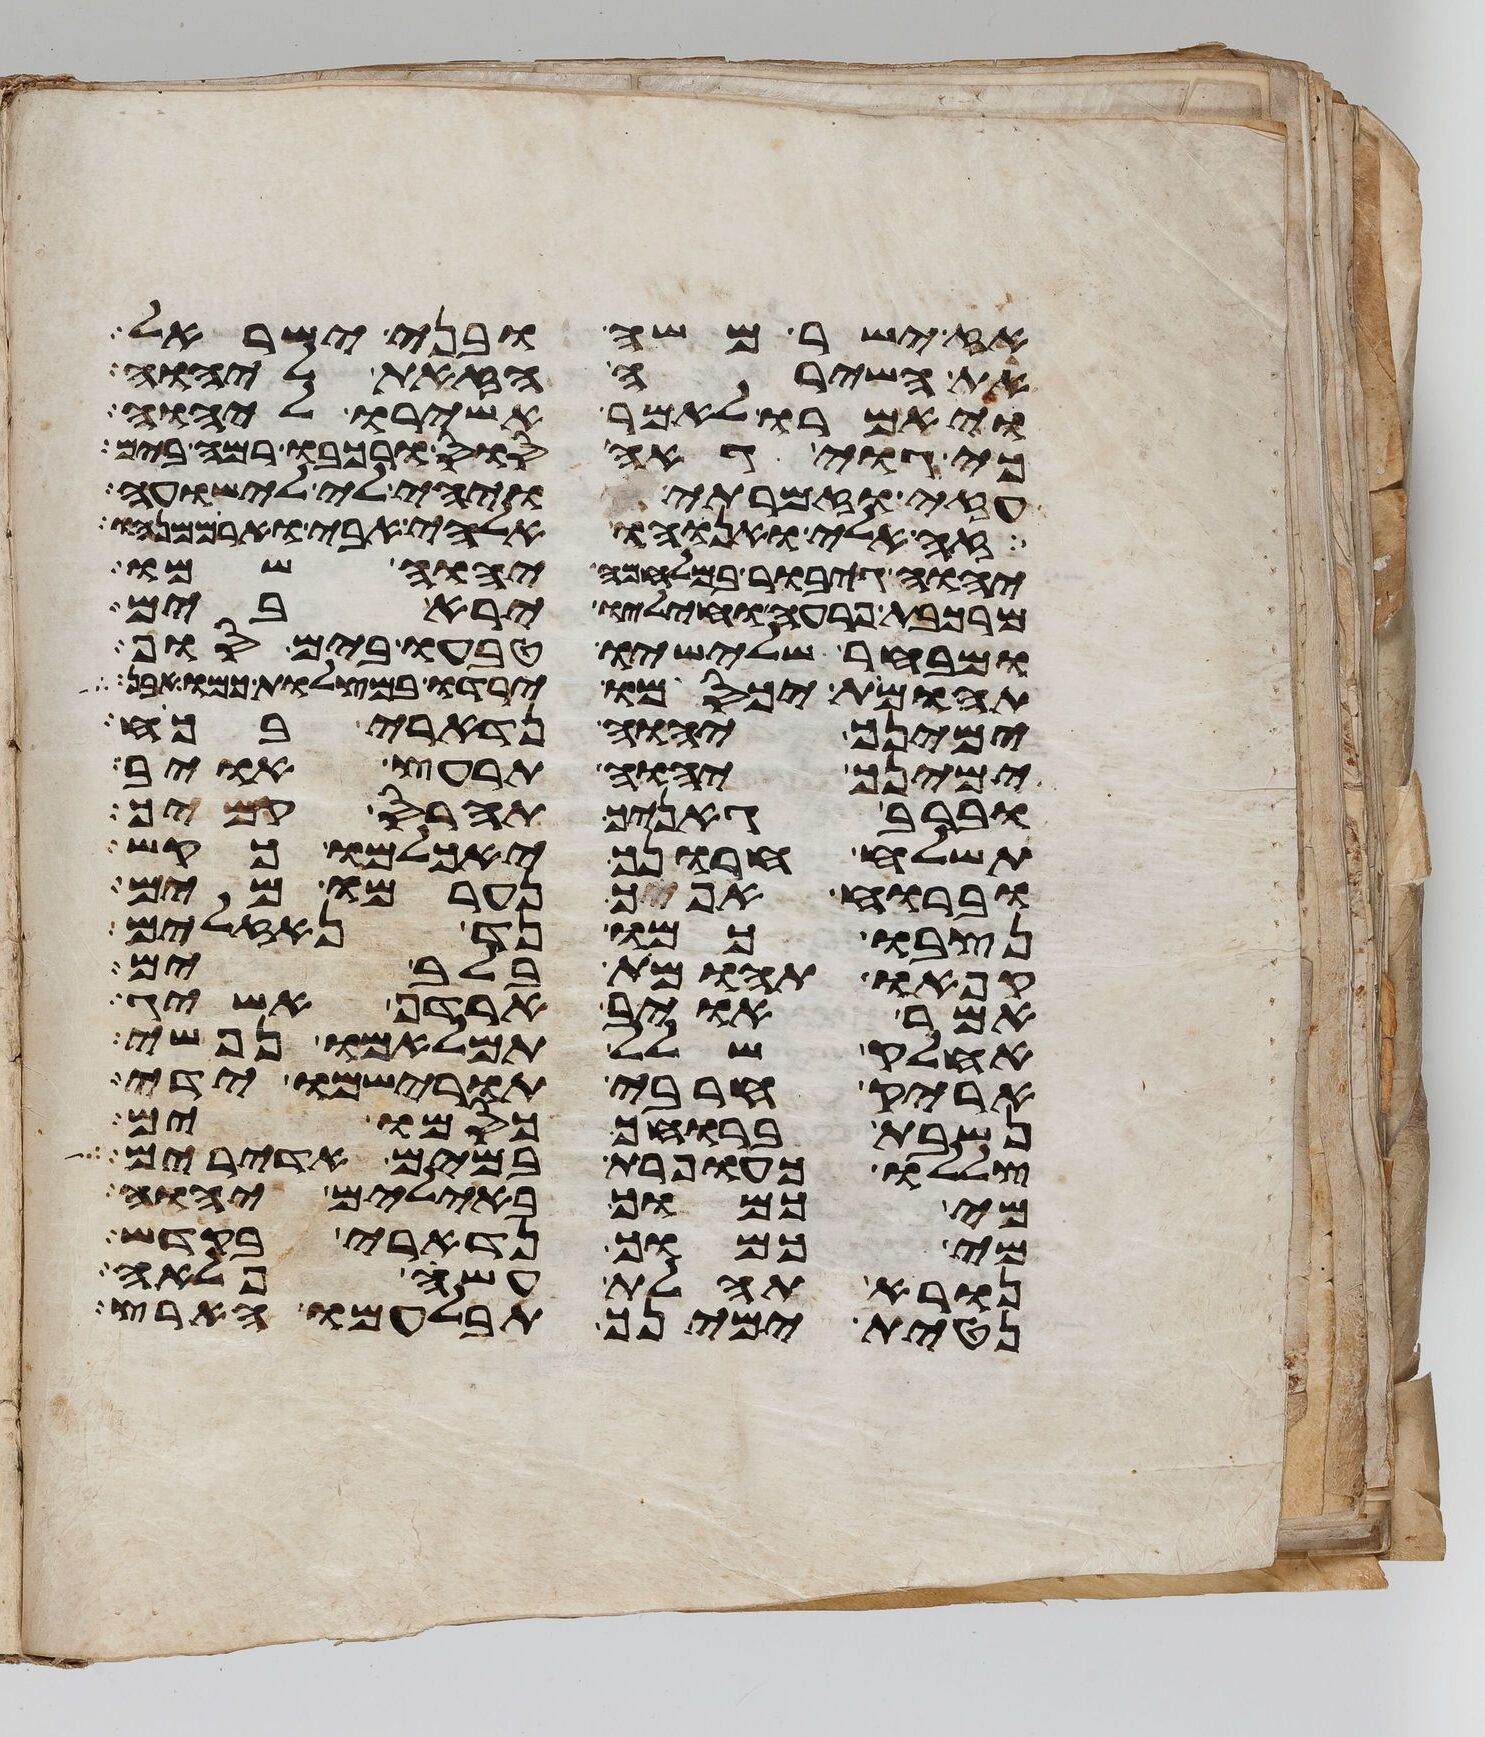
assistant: אז ישר משה ובני ישראל
את השירה הזאת ליהוה
ויאמרו לאמר אשירו ליהוה
כי גוי גאה סוס ורכבו רמה בים
עזי וזמרתי ויהי לי לישועה
זה אלי ואנוהו אלהי אבי וארממנהו
יהוה גיבור במלחמה יהוה שמו
מרכבת פרעה וחיליו ירא בים
ומבחר שלישיו טבעו בים סוף
תהומות יכסמו ירדו במצלות כמו אבן
ימינך יהוה נדארי בכח
ימינך יהוה תרעץ אויב
וברב גאניך תהרס קמיך
תשלח חרונך יאכלמו כקש
וברוח אפך נערמו מים
נצבו כמו נד נזלים
קפאו תהומות בלב ים
אמר אויב ארדף אשיג
אחלק שלל תמלאמו נפשי
אריק חרבי תורישמו ידי
נשבת ברוחך כסמו ים
צללו כעופרת במים אדירים
מי כמוך באלים יהוה
מי כמוך נדארי בקדש
נורא תהלת עשה פלאה
נטית ימינך תבלעמו הארץ